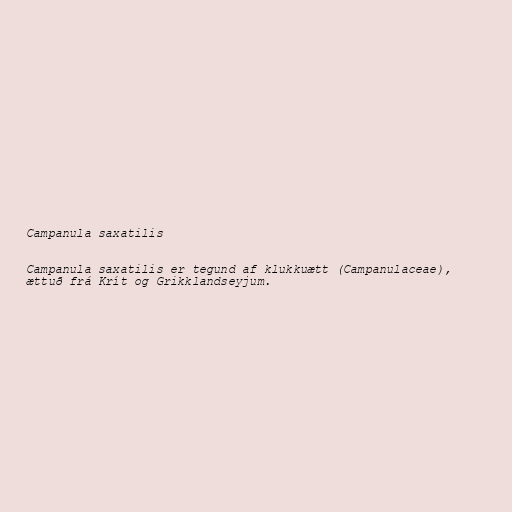
Campanula saxatilis

Campanula saxatilis er tegund af klukkuætt (Campanulaceae),
ættuð frá Krít og Grikklandseyjum.